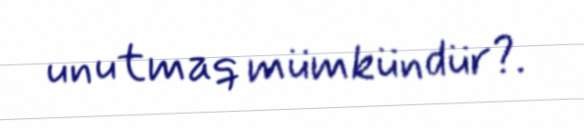
unutmaq mümkündür?.